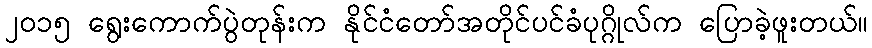
၂၀၁၅ ရွေးကောက်ပွဲတုန်းက နိုင်ငံတော်အတိုင်ပင်ခံပုဂ္ဂိုလ်က ပြောခဲ့ဖူးတယ်။